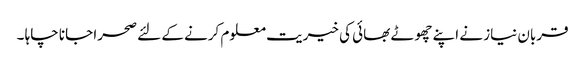
قربان نیاز نے اپنے چھوٹے بھائی کی خیریت معلوم کرنے کے لئے صحرا جانا چاہا ۔